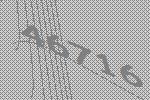
46716